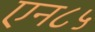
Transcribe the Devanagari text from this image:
एन८५